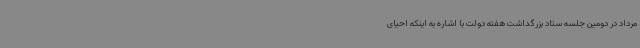
مرداد در دومین جلسه ستاد بزرگداشت هفته دولت با اشاره به اینکه احیای